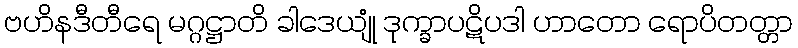
ဗဟိနဒီတီရေ မဂ္ဂဋ္ဌာတိ ခါဒေယျုံ ဒုက္ခာပဋိပဒါ ဟာတော ရောပိတတ္တာ